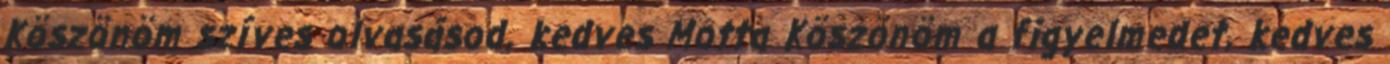
Köszönöm szíves olvasásod, kedves Motta Köszönöm a figyelmedet, kedves